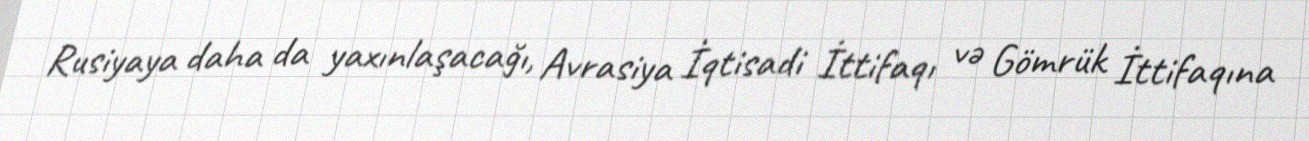
Rusiyaya daha da yaxınlaşacağı, Avrasiya İqtisadi İttifaqı və Gömrük İttifaqına